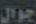
جوال